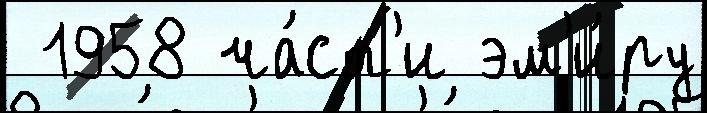
 1958 ча́ст'и эм'и́ру